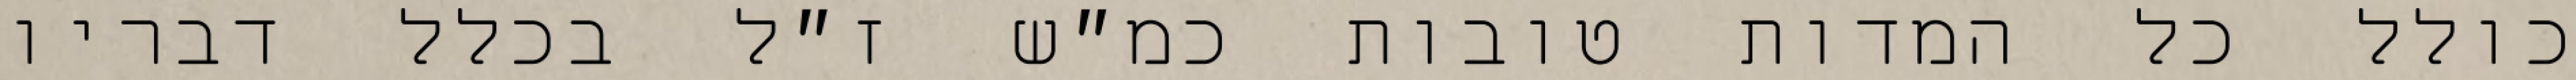
כולל כל המדות טובות כמ״ש ז״ל בכלל דבריו